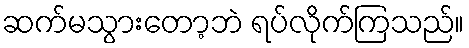
ဆက်မသွားတော့ဘဲ ရပ်လိုက်ကြသည်။